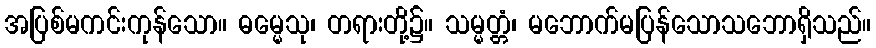
အပြစ်မကင်းကုန်သော။ ဓမ္မေသု၊ တရားတို့၌။ သမ္မတ္တံ၊ မဘောက်မပြန်သောသဘောရှိသည်။